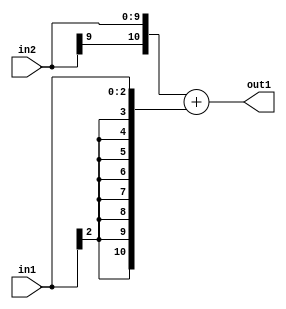
`timescale 1ps / 1ps
/*****************************************************************************
    Verilog RTL Description
    
    
    Created by: Stratus DpOpt 2019.1.01 
*******************************************************************************/

module DC_Filter_Add_10Sx3S_11S_4 (
	in2,
	in1,
	out1
	); /* architecture "behavioural" */ 
input [9:0] in2;
input [2:0] in1;
output [10:0] out1;
wire [10:0] asc001;

assign asc001 = 
	+({in2[9], in2})
	+({{8{in1[2]}}, in1});

assign out1 = asc001;
endmodule

/* CADENCE  ubPxSgg= : u9/ySgnWtBlWxVPRXgAZ4Og= ** DO NOT EDIT THIS LINE ******/